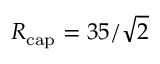
\ensuremath { R _ { \mathrm { c a p } } } = 3 5 / \sqrt { 2 }